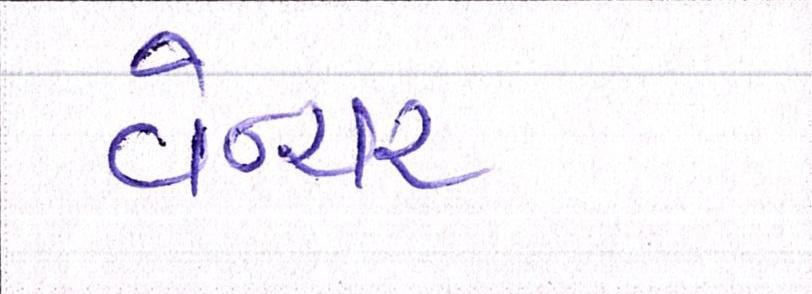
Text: વેન્ચર